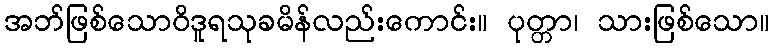
အဘ်ဖြစ်သောဝိဒူရသုခမိန်လည်းကောင်း။ ပုတ္တာ၊ သားဖြစ်သော။